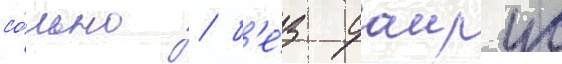
со́льно / б'е́з саирус